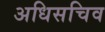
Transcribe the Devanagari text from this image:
अधिसचिव